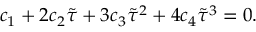
c _ { 1 } + 2 c _ { 2 } \tilde { \tau } + 3 c _ { 3 } \tilde { \tau } ^ { 2 } + 4 c _ { 4 } \tilde { \tau } ^ { 3 } = 0 .